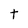
Character: t